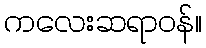
ကလေးဆရာဝန်။